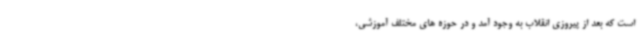
است که بعد از پیروزی انقلاب به وجود آمد و در حوزه های مختلف آموزشی،